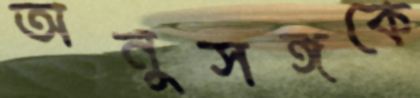
অনুসঙ্গকে